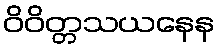
ဝိဝိတ္တသယနေန